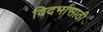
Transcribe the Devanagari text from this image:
विदर्भासाठी